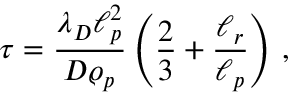
\tau = \frac { \lambda _ { D } \ell _ { p } ^ { 2 } } { D \varrho _ { p } } \left( \frac { 2 } { 3 } + \frac { \ell _ { r } } { \ell _ { p } } \right) \, ,